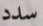
سدد